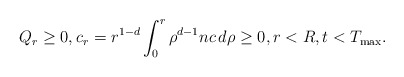
\begin{align*}Q_{r} \ge0, c_{r} =r^{1-d}\int_{0}^{r}\rho^{d-1}nc\,d\rho \ge0, r<R, t<T_{\rm max}.\end{align*}